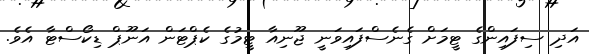
އަދި ސިފައިންގެ ޓީމަށް ގެނެސްފައިވަނީ ޖޫނިއާ ޓީމުގެ ކެޕްޓަން އަނޫޕް ޑިކޯސްޓާ އެވެ.